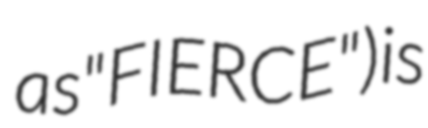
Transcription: as "FIERCE") is